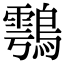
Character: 𪄮